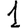
Digit: 1